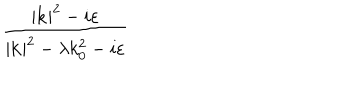
LaTeX: \frac { | \mathbf { k } | ^ { 2 } - i \varepsilon } { | \mathbf { k } | ^ { 2 } - \lambda k _ { 0 } ^ { 2 } - i \varepsilon }